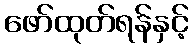
ဖော်ထုတ်ရန်နှင့်